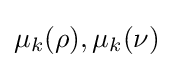
\mu _{k}(\rho ),\mu _{k}(\nu )